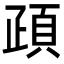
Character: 𩑠